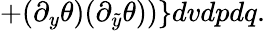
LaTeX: +(\partial_{y}\theta)(\partial_{\tilde{y}}\theta))\} dvdpdq.